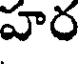
హర